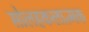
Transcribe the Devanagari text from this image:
सोलहकलात्मक